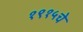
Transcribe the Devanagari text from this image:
१९१५चे